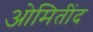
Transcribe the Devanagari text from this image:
ओमितींद